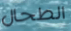
الطحال